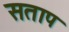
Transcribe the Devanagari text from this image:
सताप